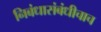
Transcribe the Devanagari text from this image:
निबंधासंबंधीचाच